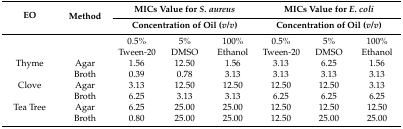
<table><thead><tr><td rowspan="2"><b>EO</b></td><td rowspan="2"><b>Method</b></td><td colspan="3"><b>MICs Value for <i>S. aureus</i></b></td><td colspan="3"><b>MICs Value for <i>E. coli</i></b></td></tr><tr><td colspan="3"><b>Concentration of Oil (<i>v</i>/<i>v</i>)</b></td><td colspan="3"><b>Concentration of Oil (<i>v</i>/<i>v</i>)</b></td></tr></thead><tbody><tr><td></td><td></td><td>0.5%</td><td>5%</td><td>100%</td><td>0.5%</td><td>5%</td><td>100%</td></tr><tr><td></td><td></td><td>Tween-20</td><td>DMSO</td><td>Ethanol</td><td>Tween-20</td><td>DMSO</td><td>Ethanol</td></tr><tr><td>Thyme</td><td>Agar</td><td>1.56</td><td>12.50</td><td>1.56</td><td>3.13</td><td>6.25</td><td>1.56</td></tr><tr><td></td><td>Broth</td><td>0.39</td><td>0.78</td><td>3.13</td><td>3.13</td><td>3.13</td><td>3.13</td></tr><tr><td>Clove</td><td>Agar</td><td>3.13</td><td>12.50</td><td>12.50</td><td>12.50</td><td>12.50</td><td>3.13</td></tr><tr><td></td><td>Broth</td><td>6.25</td><td>3.13</td><td>3.13</td><td>6.25</td><td>6.25</td><td>6.25</td></tr><tr><td>Tea Tree</td><td>Agar</td><td>6.25</td><td>25.00</td><td>25.00</td><td>12.50</td><td>12.50</td><td>12.50</td></tr><tr><td></td><td>Broth</td><td>0.80</td><td>25.00</td><td>25.00</td><td>12.50</td><td>25.00</td><td>25.00</td></tr></tbody></table>